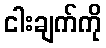
ငါးချက်ကို